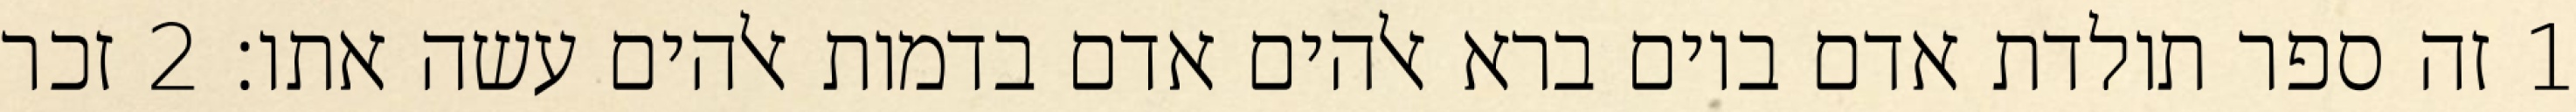
1 זה ספר תולדת אדם ביום ברא אלהים אדם בדמות אלהים עשה אתו׃ ‎2‏ זכר